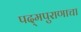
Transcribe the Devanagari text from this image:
पद्‌मपुराणाचा